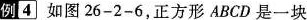
例4 如图26-2-6，正方形ABCD是一块